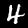
Label: 4